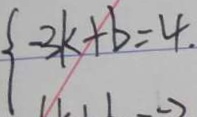
- 3 k + b = 4